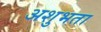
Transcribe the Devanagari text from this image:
अशुभता